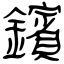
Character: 鑌